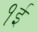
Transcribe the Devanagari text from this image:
१ई